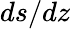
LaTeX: ds/dz